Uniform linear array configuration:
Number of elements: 32
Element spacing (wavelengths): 0.75
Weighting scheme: cosine
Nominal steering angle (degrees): -45
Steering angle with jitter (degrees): -44.287
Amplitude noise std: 0.05
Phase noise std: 0.05

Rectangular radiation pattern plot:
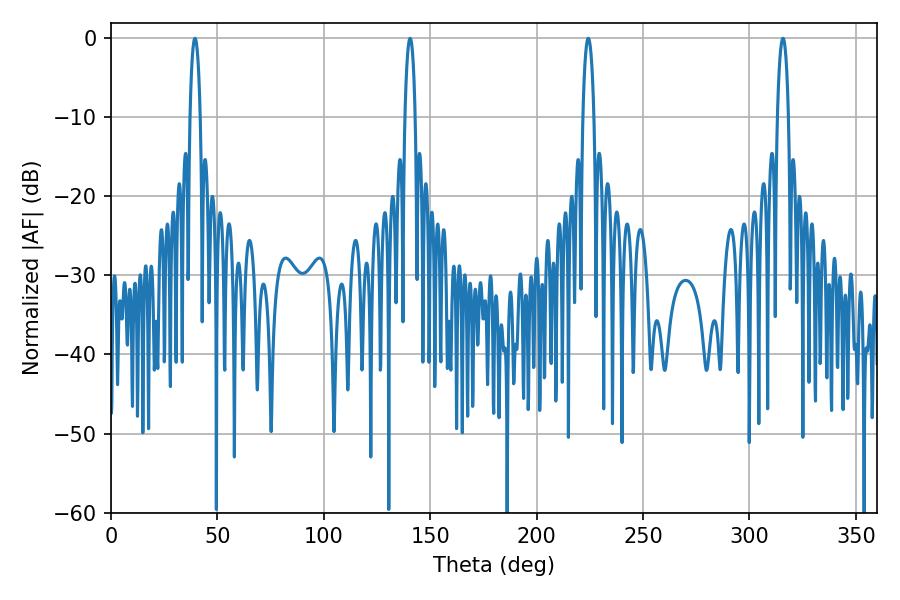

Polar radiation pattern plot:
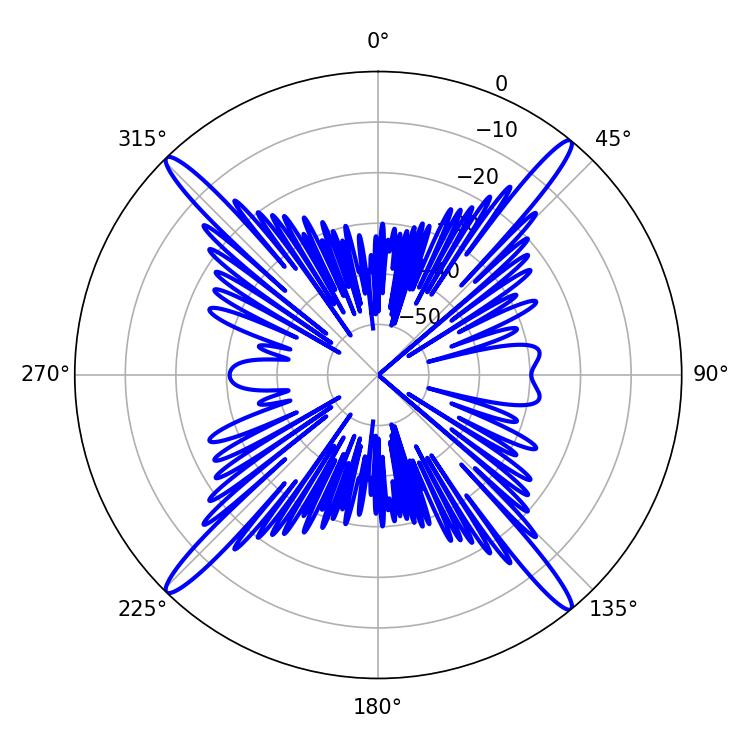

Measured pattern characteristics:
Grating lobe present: TRUE
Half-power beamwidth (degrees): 2.88
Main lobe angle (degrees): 224.28